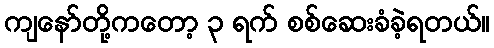
ကျနော်တို့ကတော့ ၃ ရက် စစ်ဆေးခံခဲ့ရတယ်။